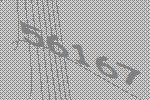
56167